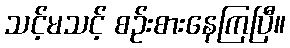
သင့်မသင့် စဉ်းစားနေကြပြီ။